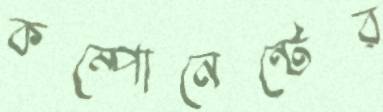
কম্পোনেন্টের